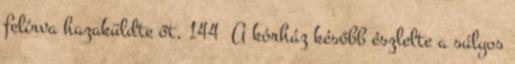
felírva hazaküldte őt. 144 A kórház később észlelte a súlyos